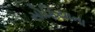
સોફિયાના